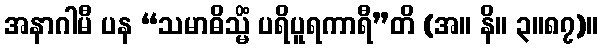
အနာဂါမီ ပန “သမာဓိသ္မိံ ပရိပူရကာရီ”တိ (အ။ နိ။ ၃။၈၇)။